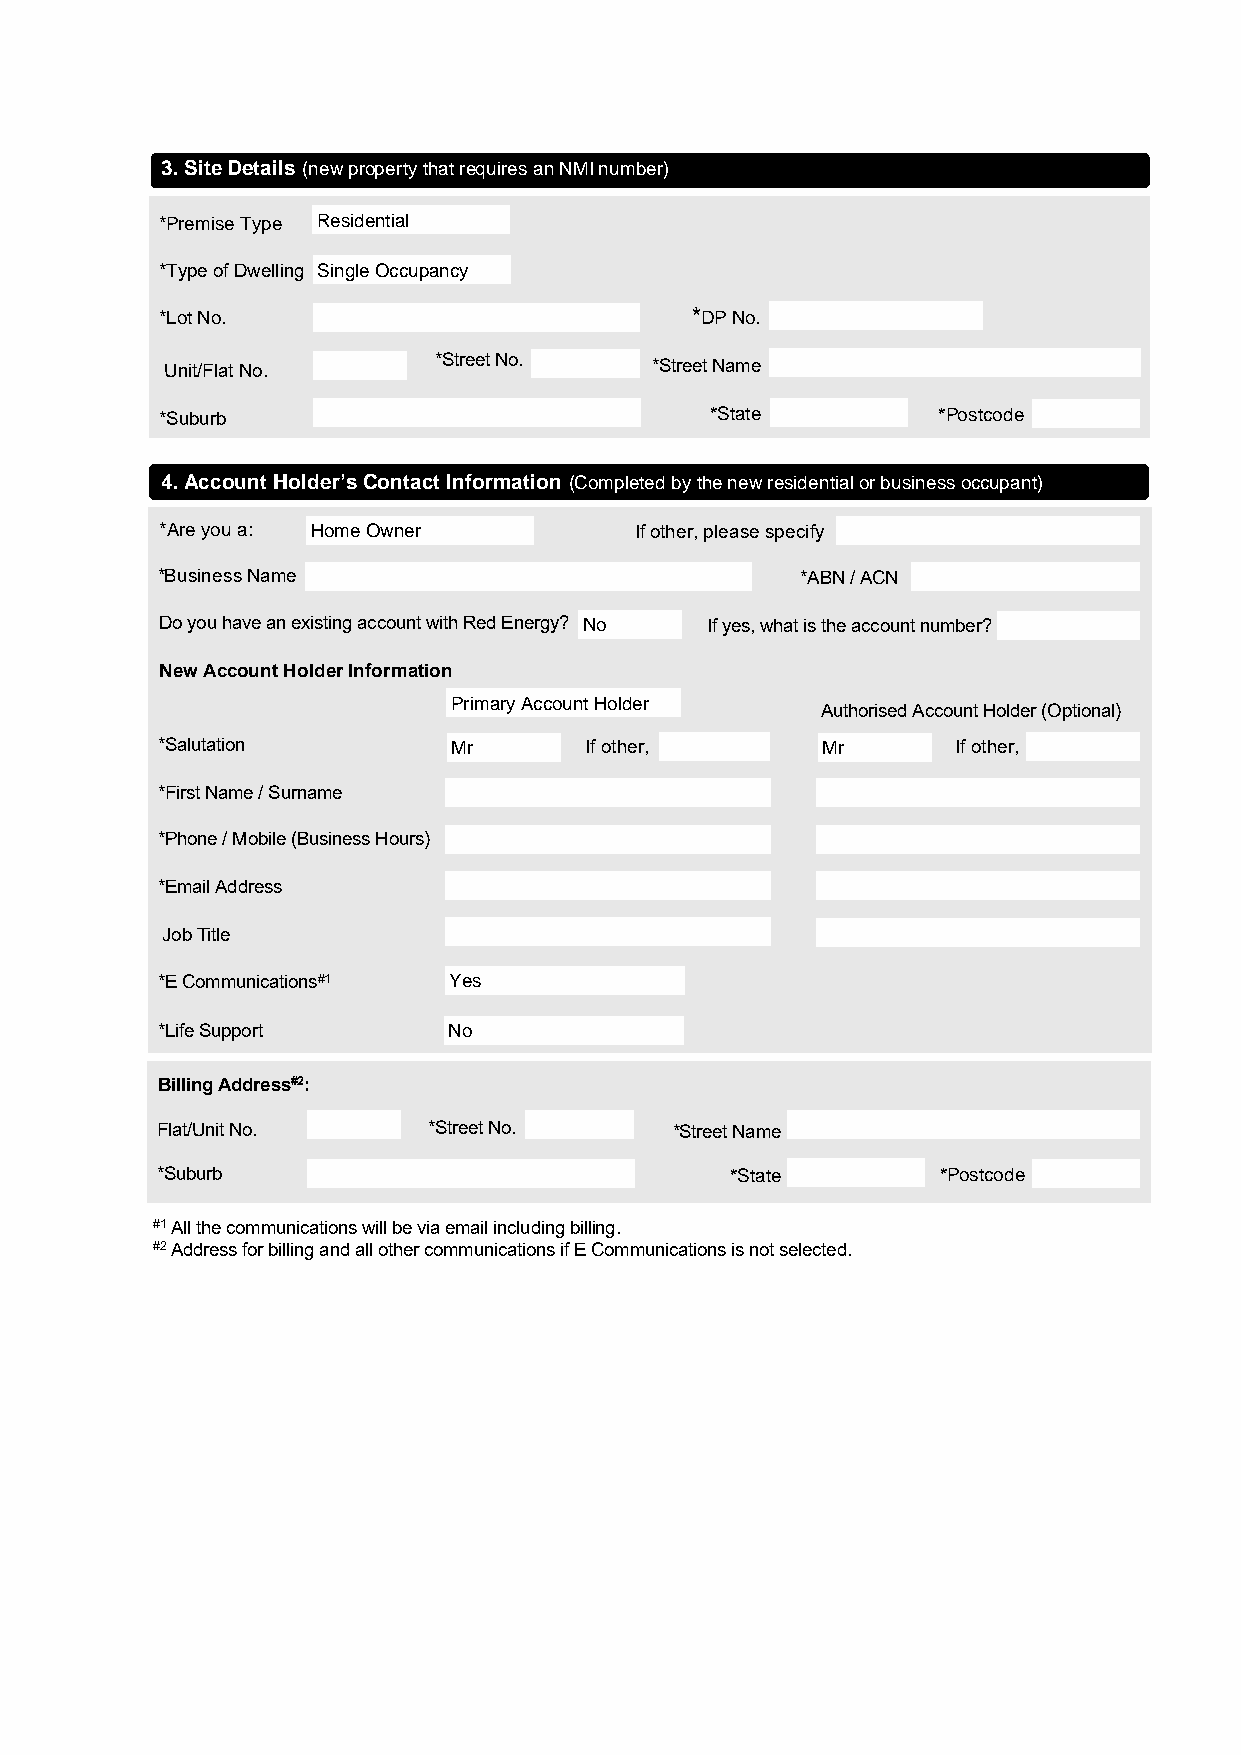
3.Site Details (new property that requires an NMI number)
 *Premise Type Residential
 *Type of Dwelling Single Occupancy
 *Lot No.                           *DP No.
 Unit/Flat No.     *Street No.   *Street Name
 *Suburb                             *State         *Postcode
 4.Account Holder’s Contact Information (Completed by the new residential or business occupant)
 *Are you a: Home Owner         If other, please specify
 *Business Name                             *ABN / ACN
 Do you have an existing account with Red Energy? No If yes, what is the account number?
 New Account Holder Information
 Primary Account Holder
 Authorised Account Holder (Optional)
 *Salutation         Mr       If other,      Mr       If other,
 *First Name / Surname
 *Phone / Mobile (Business Hours)
 *Email Address
 Job Title
 *E Communications#1 Yes
 *Life Support       No
 Billing Address#2:
 Flat/Unit No.     *Street No.      *Street Name
 *Suburb                               *State        *Postcode
 #1 All the communications will be via email including billing.
 #2 Address for billing and all other communications if E Communications is not selected.